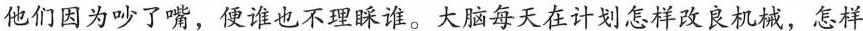
”他们因为吵了嘴，便谁也不理睬谁。大脑每天在计划怎样改良机械，怎样